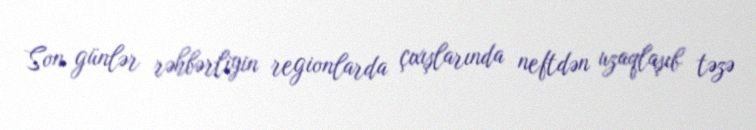
Son günlər rəhbərliyin regionlarda çıxışlarında neftdən uzaqlaşıb təzə